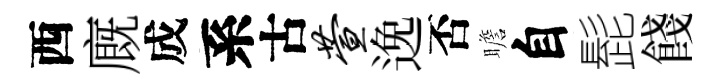
西廐成系古萱𨓜否瞻自髭餞